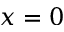
x = 0